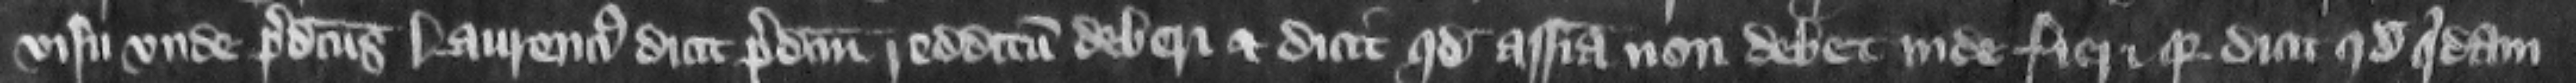
visu vnde predictus Laurencius dicit predictum redditum deberi et dicit quod assisa non debet inde fieri. Quia dicit quod quidam